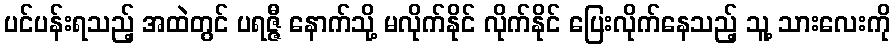
ပင်ပန်းရသည့် အထဲတွင် ပရဇ္ဇီ နောက်သို့ မလိုက်နိုင် လိုက်နိုင် ပြေးလိုက်နေသည့် သူ့ သားလေးကို